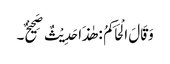
وَقَالَ الْحَاکِمُ : ھٰذَا حَدِیْثٌ صَحِیْحٌ۔